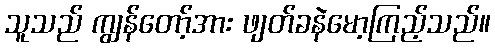
သူသည် ကျွန်တော့်အား ဖျတ်ခနဲမော့ကြည့်သည်။